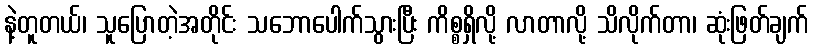
နဲ့တူတယ်၊ သူပြောတဲ့အတိုင်း သဘောပေါက်သွားပြီး ကိစ္စရှိလို့ လာတာလို့ သိလိုက်တာ၊ ဆုံးဖြတ်ချက်